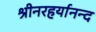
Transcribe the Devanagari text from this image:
श्रीनरहर्यानन्द